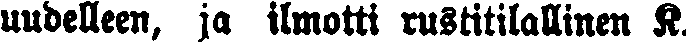
uudelleen, ja ilmotti rustitilallinen K.